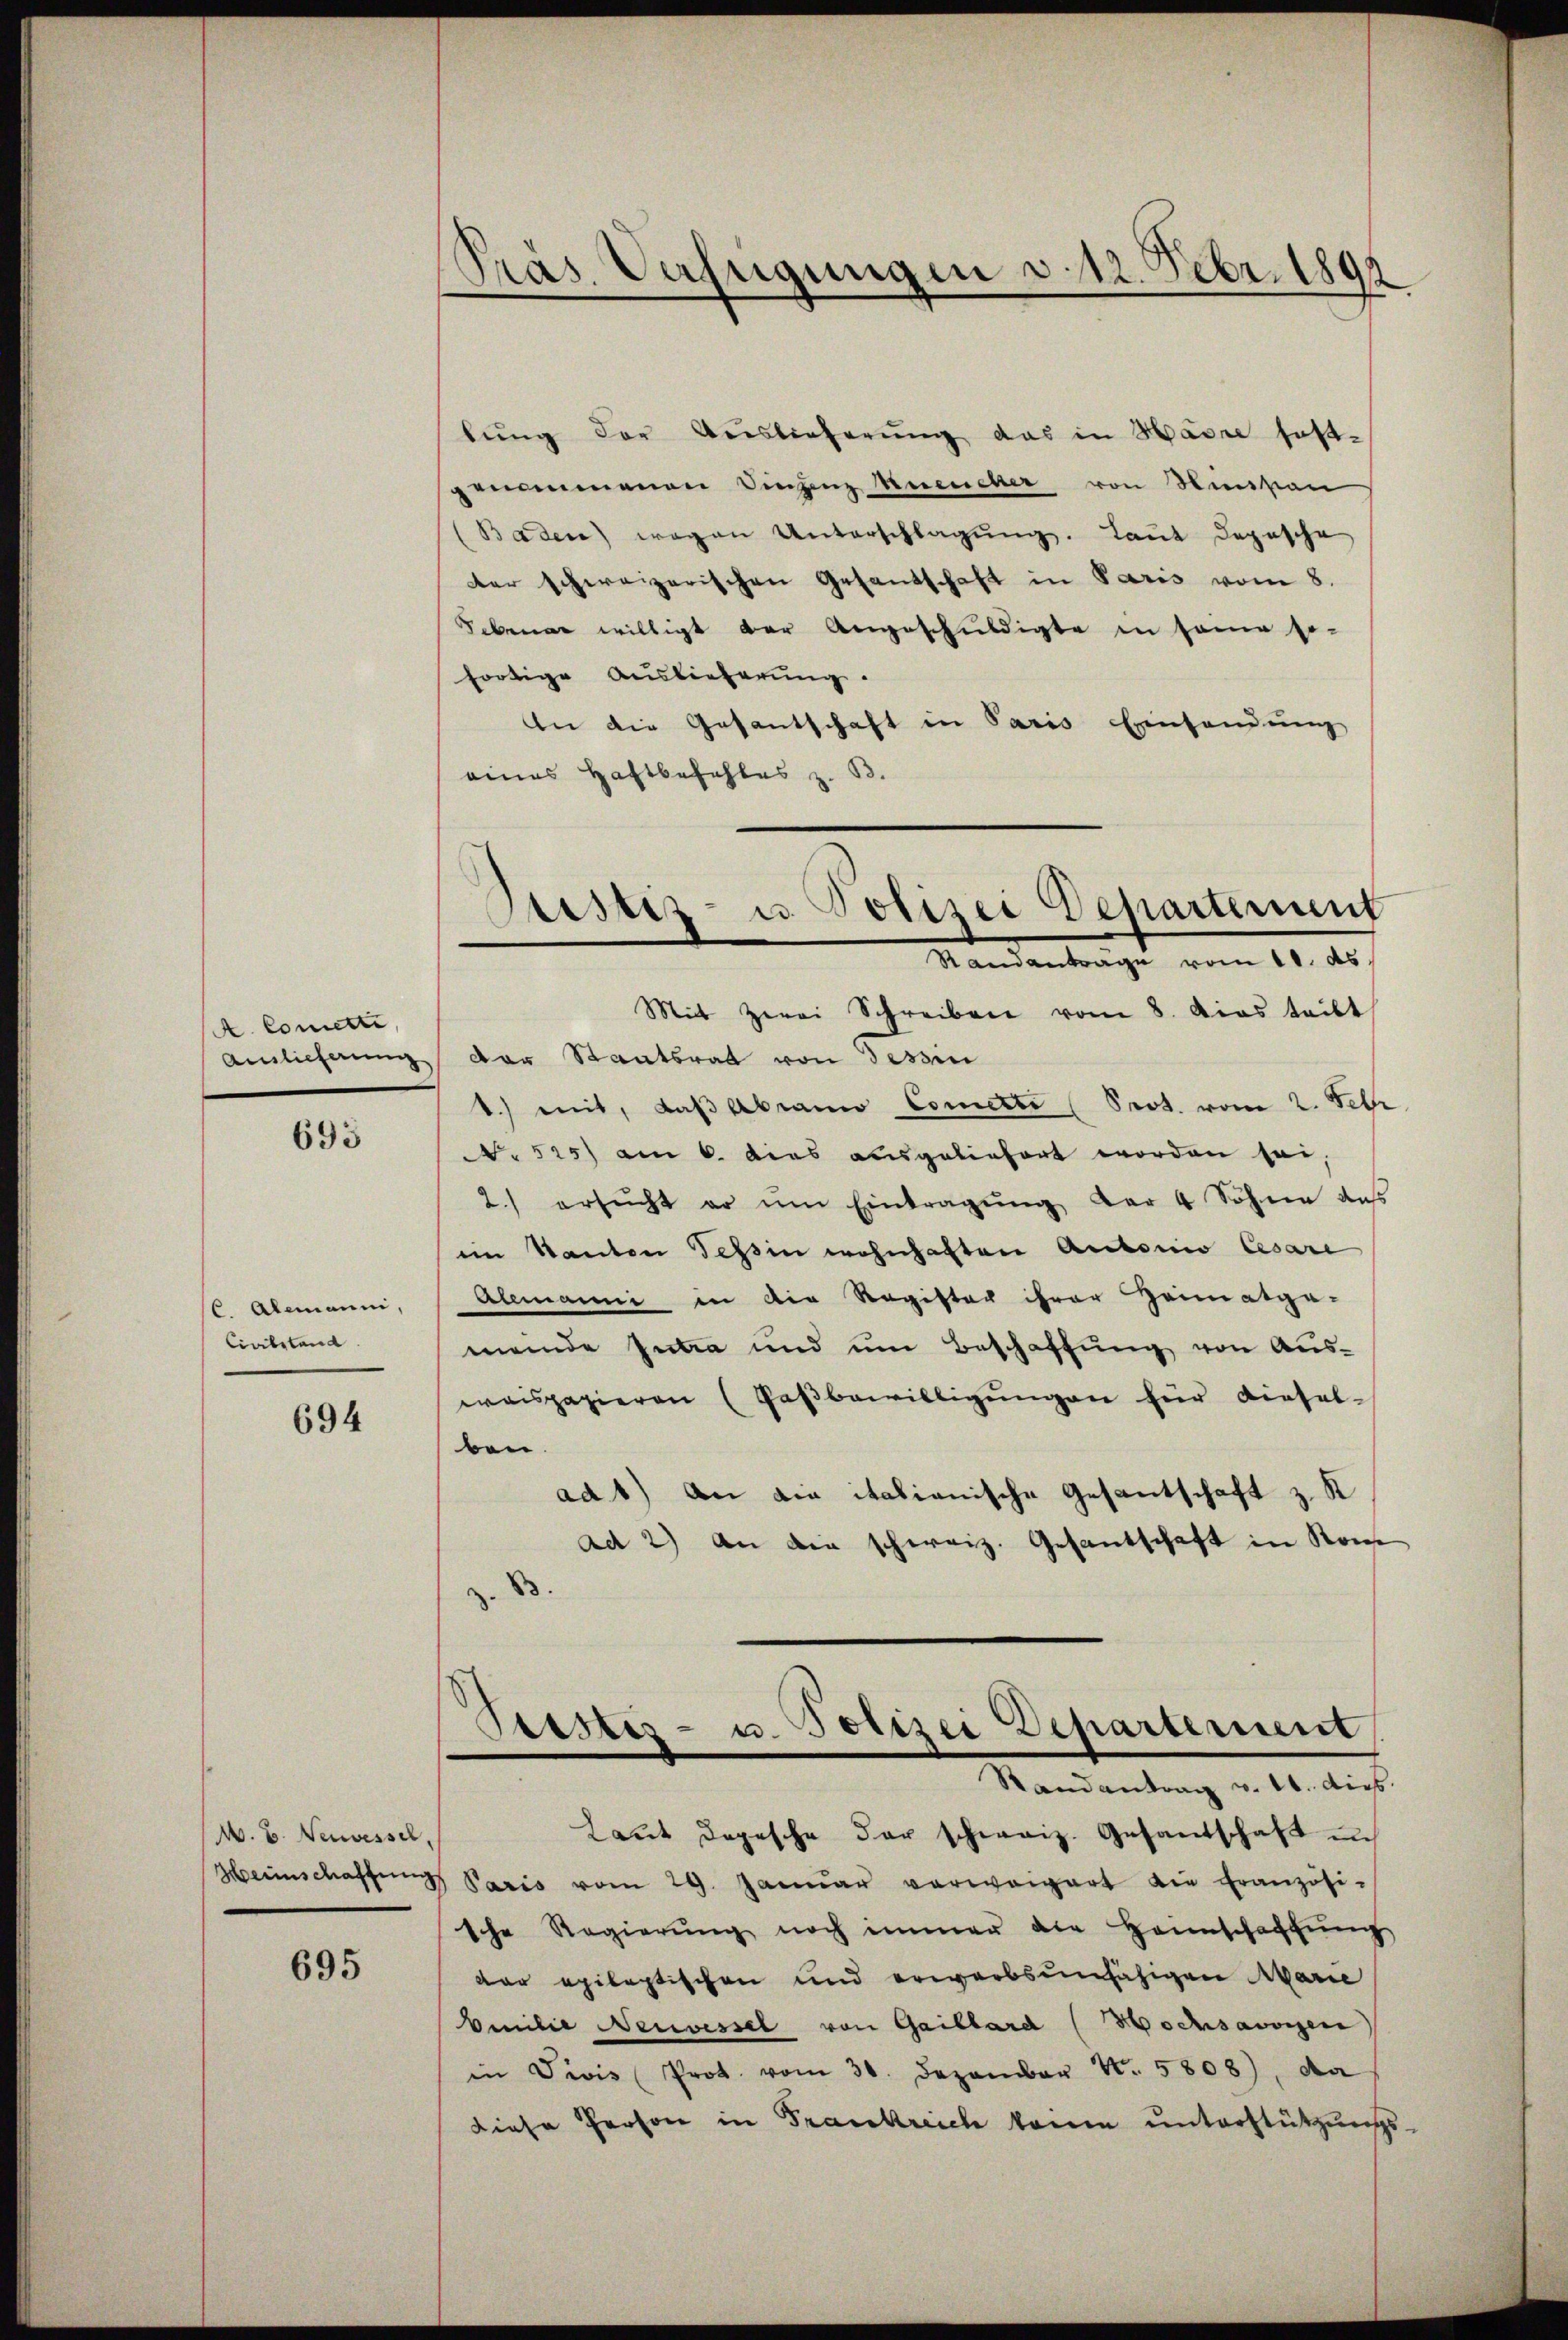
A. Cometti,

695

6. Alemanni,
Civilstand.

694

W. B. Neuvessel,

695

Präs. Verfügungen d. 12. Febr. 1891

lŭng der Auslieferung das in Havre sostgenommenen Vinzenz muencher von Niessan
(Baden) wegen Unterschlagŭng. Laŭt Depesche
der schweizerischen Gesantschaft in Paris vom 8.
Februar willigt der Angeschuldigte in seine so-
fortige Auslieferung.
An die Gesantschaft in Paris Einsendung
eines Haftbefehles z. B.

Bestiz- u. Polizei Departement
Randantrage vom 11. ds.

Mit Zwei Schreiben vom 8. Das teilt
Ainlicherung der Staatsrat von Tessin
1.) mit, daß Abrano Cometti (Prot. vom 2. Febr
NNo 525) am 6. dies ausgeliefert worden sei,
2.) ersŭcht er ŭm Eintragŭng der 4 Sohne de
iim Kanton Tessin wohnhaften Antonio Cesare
Alemanni in die Register ihrer Heimatga-
meinde summa und um Beschaffung von Auswaispapieren (Paβbewilligŭngen für dieselben.
ad1) An die italianische Gesantschaft z. K
ad 2) An die schweiz. Gesantschaft in Rome
.

Tistes- u. Polizei Departement
Randantrag v. 16. dies
Laut dopesche der schweiz. Gesandschaft u.

Heimschaffung Paris vom 29. Januar verweigert die Französi-
sche Regierŭng noch immer die Hannschaffŭng
der epileptischen und erwerbsunfähigen Marie
Emilie Neuvessel von Gaillard (Hochsawigen
in Divis Prot. vom 31. Dezember N. 5808), da
Diese Person in Frankreich keine unterstützungs-